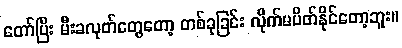
တော်ပြီး မီးခလုတ်တွေတော့ တစ်ခုခြင်း လိုက်မပိတ်နိုင်တော့ဘူး။